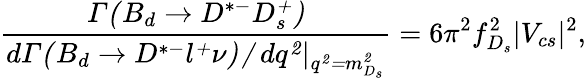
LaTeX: \frac{\mit\Gamma(B_{d}\rightarrow D^{*-}D_{s}^{+})}{d\mit\Gamma(B_{d}\rightarrow D^{*-}l^{+}\nu)/dq^{2}|_{q^{2}=m_{D_{s}}^{2}}}=6\pi^{2}f_{D_{s}}^{2}|V_{cs}|^{2},